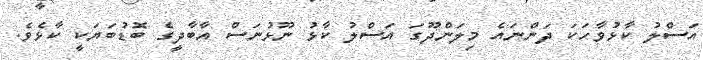
އަސްލު ކާޅުވާހަކަ ދަންނައެ މިލަންދޫގަ އަސްލު ކާޅު ނޫޅުނަސް އާބާދީގެ ބޮޑުބަޔަކީ ކާޅެވެ.